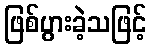
ဖြစ်ပွားခဲ့သဖြင့်